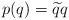
LaTeX: \begin{align*}p(q)=\widetilde{q}q\end{align*}